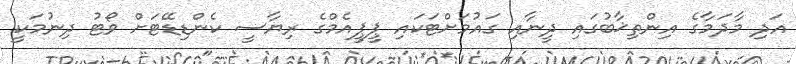
އަދި މާދަމާގެ އިންތިޚާބުގައި ދީނާއި ގައުމަށްޓަކައި ޕީޕީއެމްގެ ރިޔާސީ ކެންޑިޑޭޓަށް ވޯޓު ދިނުމަކީ